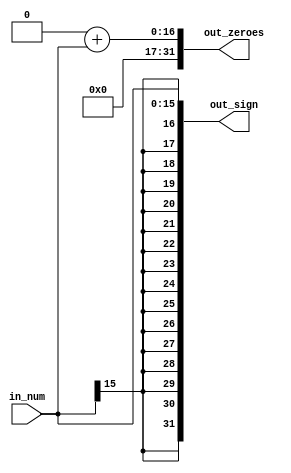
// Eric Sullivan
// 10/29/2019
// Sign-extender

module sign_extender(

	input wire [15:0] in_num,
	output reg [31:0] out_sign,
	output reg [31:0] out_zeroes);
	
	always @(in_num) begin
	
		out_sign = { {16{in_num[15]}}, in_num[15:0] };
		
		out_zeroes = 0;
		
		out_zeroes = out_zeroes + in_num;
		
	end

endmodule